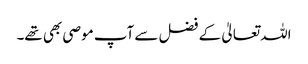
اللہ تعالیٰ کے فضل سے آپ موصی بھی تھے۔